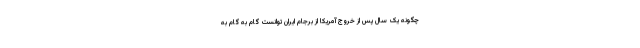
چگونه یک سال پس از خروج آمریکا از برجام ایران توانست گام به گام به